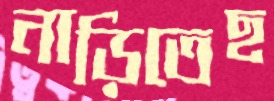
নাড়িতেছ